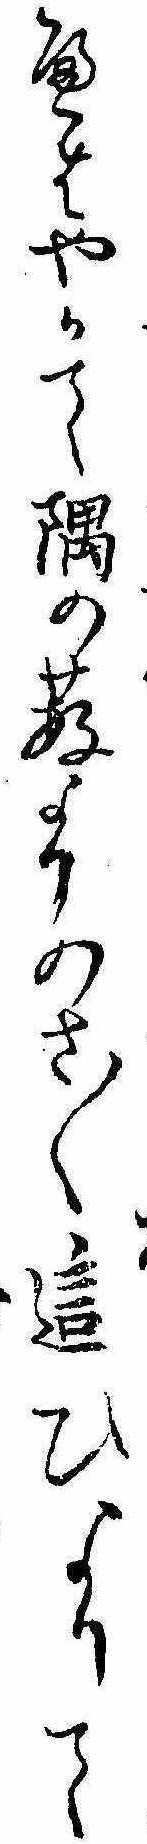
へはやかて隅の薮よりのさ〱這ひよりて